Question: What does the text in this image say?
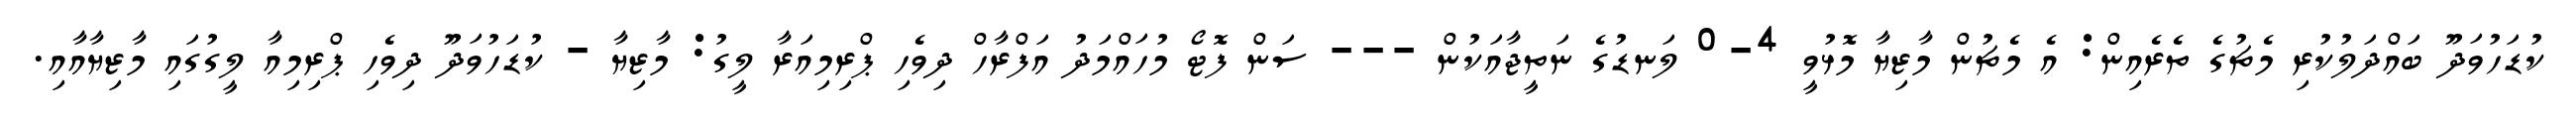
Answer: ކުޑަހުވަދޫ ބައްދަލުކުރި މެޗުގެ ތެރެއިން: އެ މެޗުން މާޒިޔާ މޮޅުވީ 4-0 ލަނޑުގެ ނަތީޖާއަކުން --- ސަން ފޮޓޯ މުހައްމަދު އަފްރާހް ދިވެހި ޕްރިމިއަރާ ލީގު: މާޒިޔާ - ކުޑަހުވަދޫ ދިވެހި ޕްރިމިއާ ލީގުގައި މާޒިޔާއާއި.